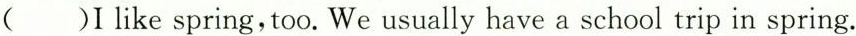
( )I like spring,too. We usually have a school trip in spring.